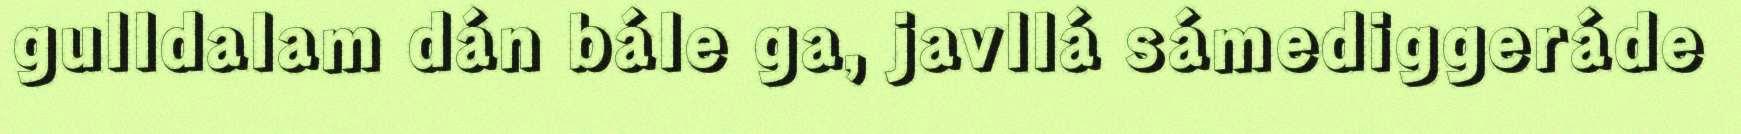
gulldalam dán bále ga, javllá sámediggeráde